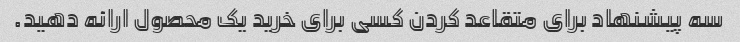
سه پیشنهاد برای متقاعد کردن کسی برای خرید یک محصول ارائه دهید.